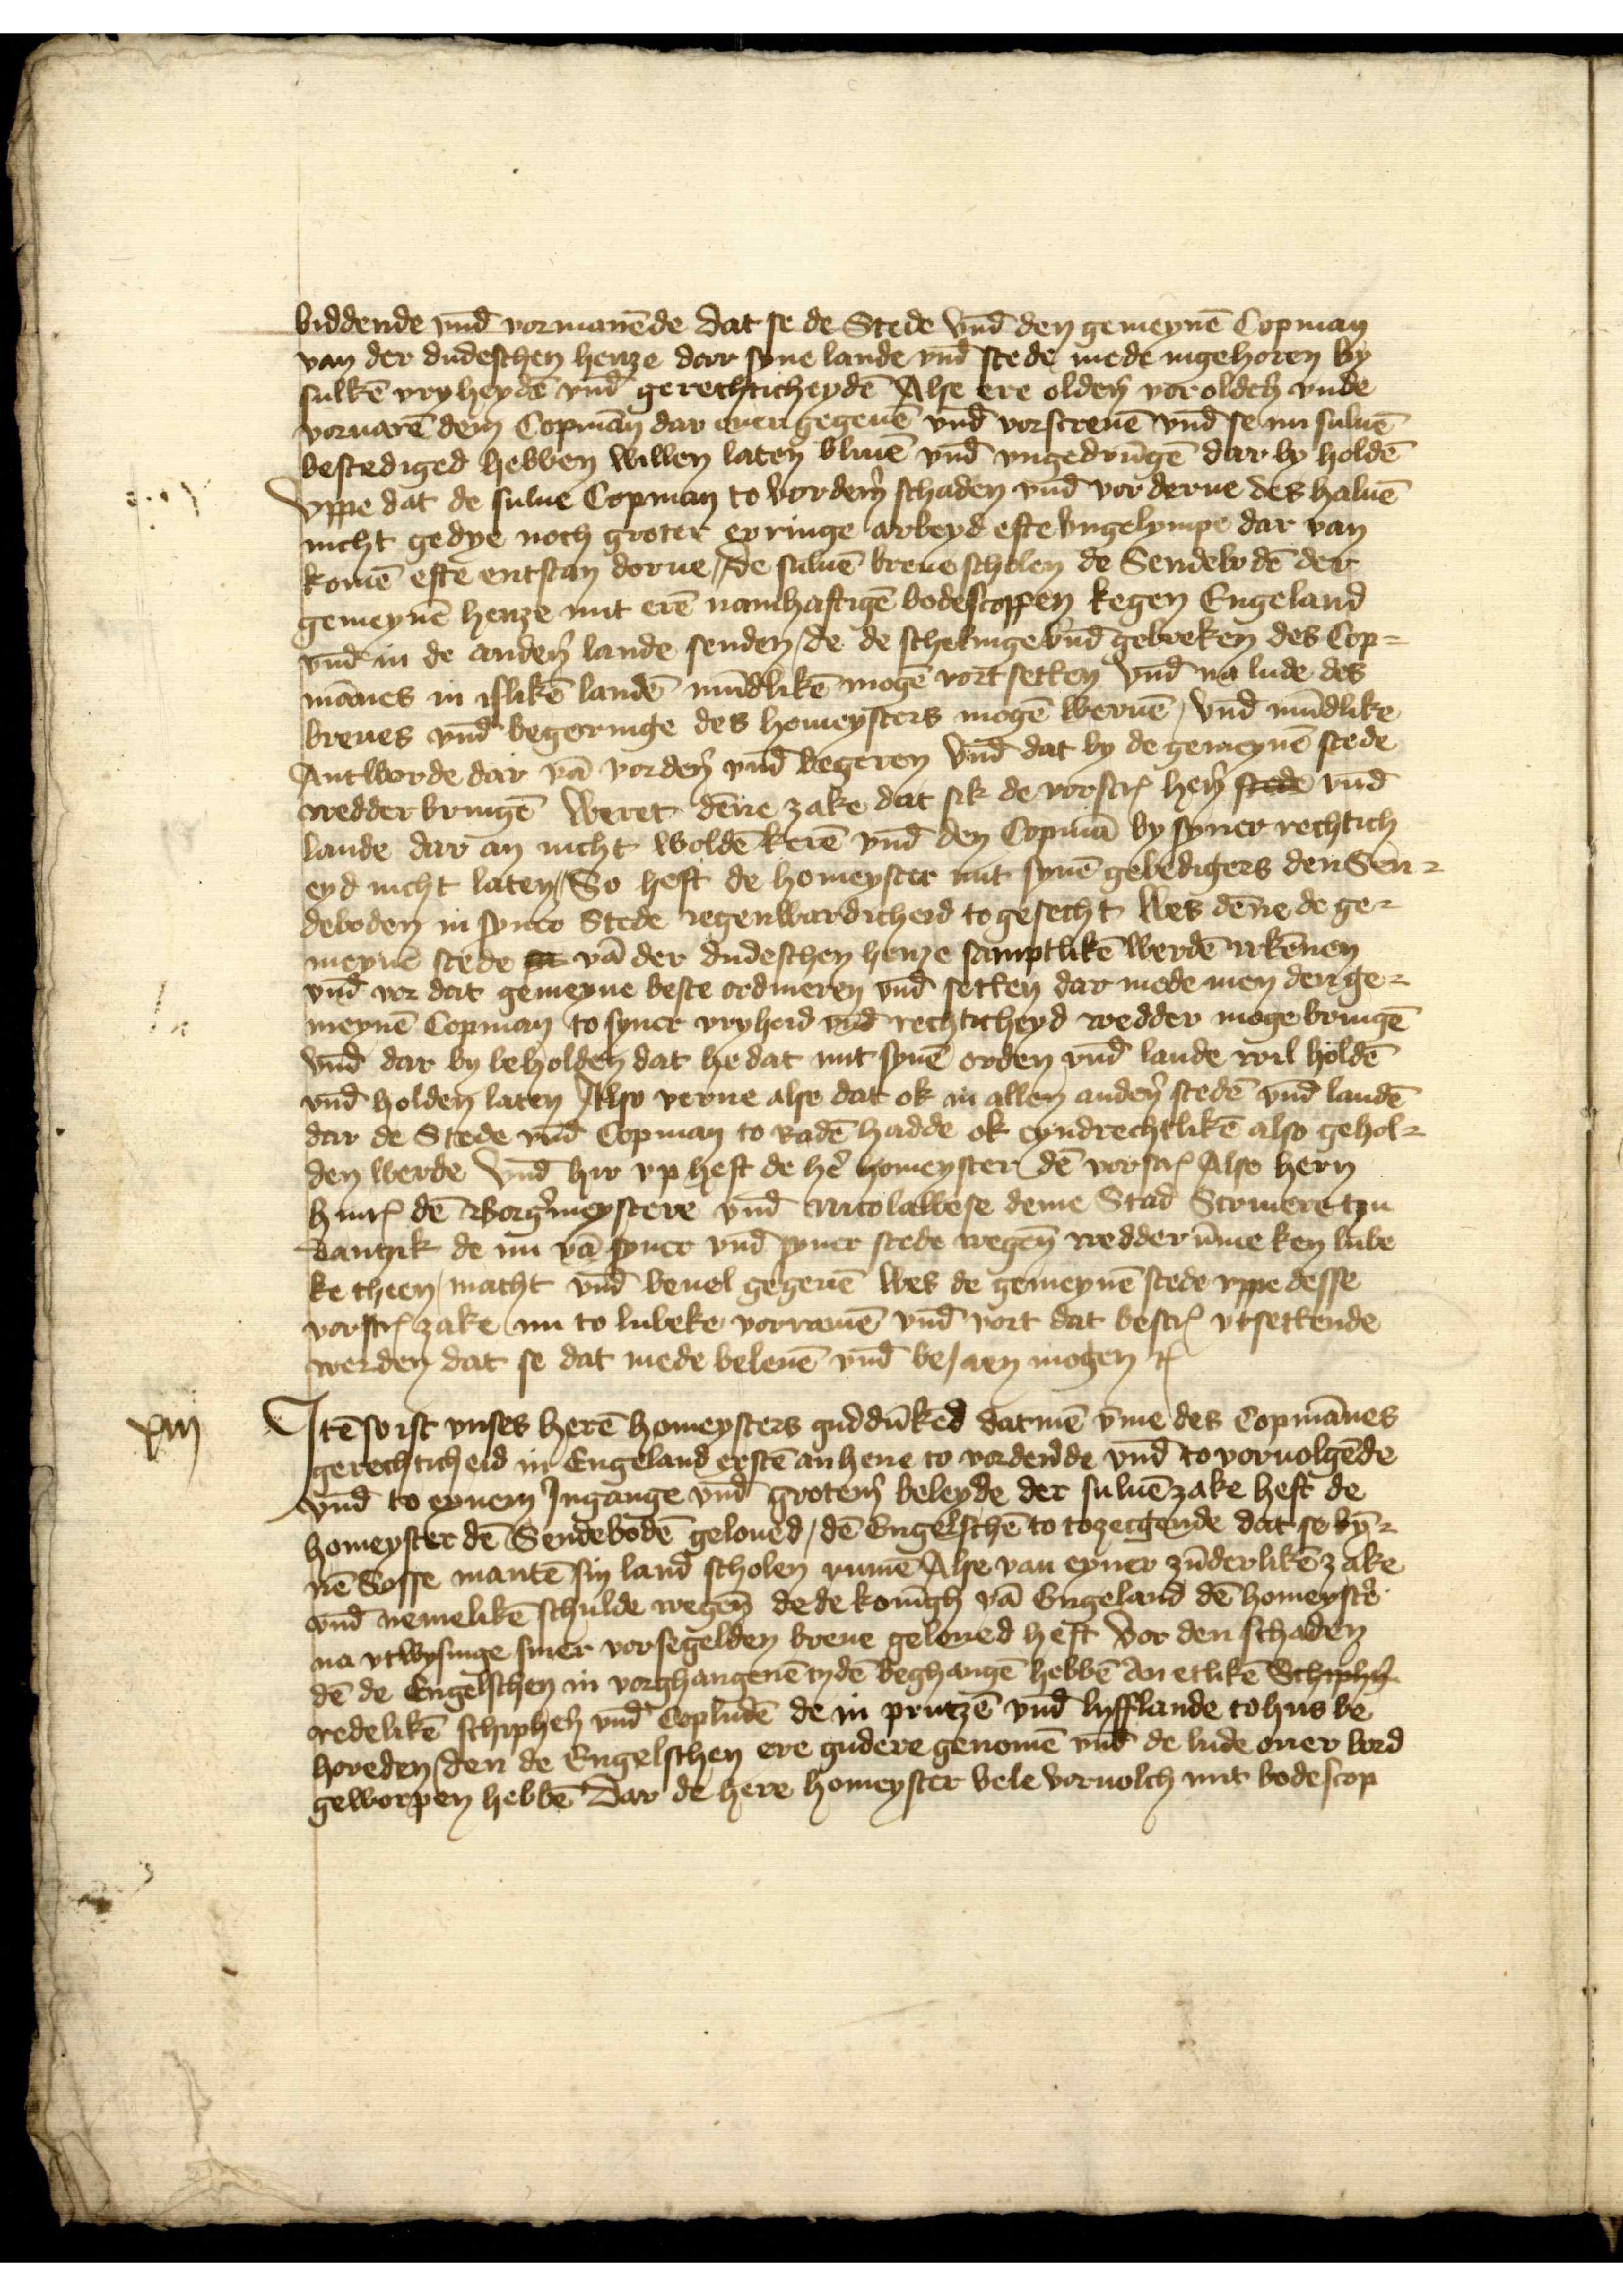
biddende vnd̄ vormanēde dat se de Stede vnd̄ den gemeynē Copman
van der dudeschen henze dar syne lande vnd̄ stede mede nigehoren by
sulkē vryheydē vnd̄ gerechticheydē Alse ere oldẻn vor oldẻn vnde
voruarē dem Copman dar over gegeuē, vnd̄ vorscreuē vnd̄ se nu suluē
bestediged hebben willen laten bliue vnd̄ vngedrūgē dar by holdē
vppe dat de sulue Copman to vordẻn schaden vnd vorderue des haluē
nicht gedye noch groter erringe arbeyd efte vngelympe dar van
komē efte entstan dorue de suluē breue scholen de Sendebodē der
gemeynē henze mit erē namhaftigē bodescoppen kegen Engeland
vnd̄ in de andẻn lande senden, de de schelinge vnd̄ gebreken des Cop¬
mānes in islikē landē mūdlikē mogē vortsetten vnd na lude des
breues vnd̄ begeringe des homeysters mogē weruē vnd mūdlike
Antworde dar vā vordẻn vnd̄ begeren vnd dat by de gemeynē stede
wedderbringē weret dēne zake dat sik de vorscrꝬ hẻn steden vnd̄
lande dar an nicht woldē kerē vnd̄ den Copmā by syner rechtich¬
eyd nicht laten, So heft de homeyster mit synē gebedigers den Sen¬
deboden in synco Stede Jegenwardicheid to gesecht wes dēne de ge¬ 
meynē stede se vā der dudeschen henze samptlikē werdē irkēnen
vnd̄ vor dat gemeyne beste odineren vnd̄ setten dar mede men den ge¬
meynē Copman to syner vryheid vnd̄ rechticheyd wedder moge bringē
vnde dar by beholden dat he dat mit synē orden vnd̄ lande wil holdē
vnd̄ holden laten Also verne alse dat ok in allen andẻn stedē vnd̄ landē
dar de Stede vnd̄ Copman to Radē hadde ok eyndrechtlikē also gehol¬
den werde vnd̄ hir vp heft de hẻ homeyster dē vorscrꝬ Alse hern
HinrꝬ dē Borg̉meystere vnd̄ Nicolawese deme Stad Scriuere tu
Dantzik de nu vā syner vnd̄ syner stede wegen̄ wedderūme ken Lube¬
ke theen macht vnde beuol gegeuē wes de gemeynē stede vppe desse
vorscrꝬ zake nu to Lubeke vorramē vnd̄ vort dat bescrꝬ vtsettende
werden dat se dat mede beleuē vnd̄ besaen mogen etꝬ

Jtē so ist vnses herē homeysters guddūked datmē v̄me des Copmānes
gerechticheid in Engeland erstē anhere to vordẻnde vnd̄ to voruolgēde
vnd̄ to eynem Jngange vnd̄ grotẻm beleyde der suluē zake heft de
homeyster de Sendebodē geloued dē Engelschē to tozecgende dat so bȳ¬
nē Sosse mantē sin land scholen rumē Alse van eyner zūderlikē zake
vnd̄ nemelikē schulde wegen̄ de de konīg vā Engeland dē homeystẻ
na vtwysinge siner vorsegelden breue geleued heft vor den schaden
dē de Engelschen in vorghangenē tydē beghangē hebbē dor etlikē Schip
redelikē schiphẻn vnd Copludē de in Prutzē vnde lyfflande tohus be¬
horeden, den de Engelschen ere gudere genomē vnd de lude ouer bord
geworpen hebbē Dar de here homeyster vele voruolch mit bodescop

xiij